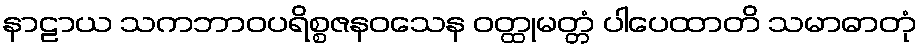
နာဠာယ သကဘာဝပရိစ္စဇနဝသေန ဝတ္ထုမတ္တံ ပါပေထာတိ သမာဓာတုံ